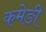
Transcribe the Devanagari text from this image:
कमेङी